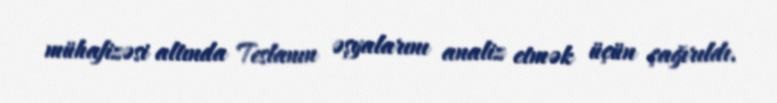
mühafizəsi altında Teslanın əşyalarını analiz etmək üçün çağırıldı.